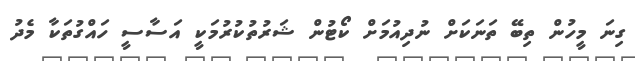
ގިނަ މީހުން ތިބޭ ތަނަކަށް ނުދިއުމަށް ކޯޓުން ޝަރުތުކުރުމަކީ އަސާސީ ހައްގުތަކާ މެދު